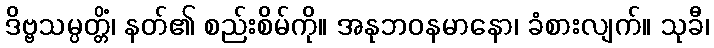
ဒိဗ္ဗသမ္ပတ္တိံ၊ နတ်၏ စည်းစိမ်ကို။ အနုဘဝနမာနော၊ ခံစားလျက်။ သုခီ၊